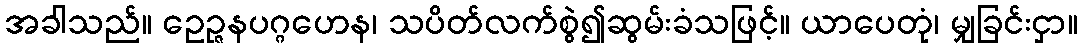
အခါသည်။ ဥေဉ္ဇနပဂ္ဂဟေန၊ သပိတ်လက်စွဲ၍ဆွမ်းခံသဖြင့်။ ယာပေတုံ၊ မျှခြင်းငှာ။